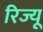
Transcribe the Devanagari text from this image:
रिज्यू